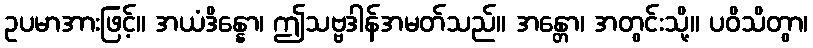
ဥပမာအားဖြင့်။ အယံဒိန္နော၊ ဤသဗ္ဗဒါန်အမတ်သည်။ အန္တော၊ အတွင်းသို့။ ပဝိသိတွာ၊